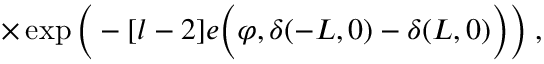
\times \exp \bigg ( - [ l - 2 ] e \Big ( \varphi , \delta ( - L , 0 ) - \delta ( L , 0 ) \Big ) \bigg ) \; ,